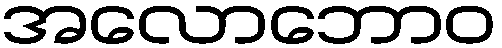
အလောဘောဝ